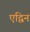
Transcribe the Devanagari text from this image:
एद्विन